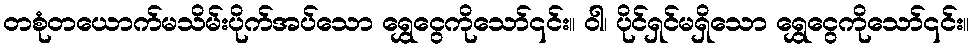
တစုံတယောက်မသိမ်းပိုက်အပ်သော ရွှေငွေကိုသော်၎င်း။ ဝါ၊ ပိုင်ရှင်မရှိသော ရွှေငွေကိုသော်၎င်း။